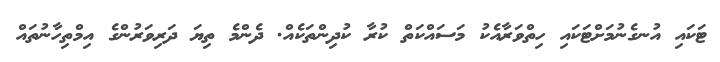
ޓަކައި އުނގެނުމަށްޓަކައި ހިތްވަރާއެކު މަސައްކަތް ކުރާ ކުދިންތަކެއް. ދެންމެ ތިޔަ ދަރިވަރުންގެ އިމްތިހާނުތައް